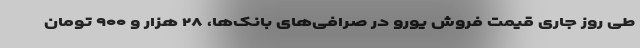
طی روز جاری قیمت فروش یورو در صرافی‌های بانک‌ها، ۲۸ هزار و ۹۰۰ تومان